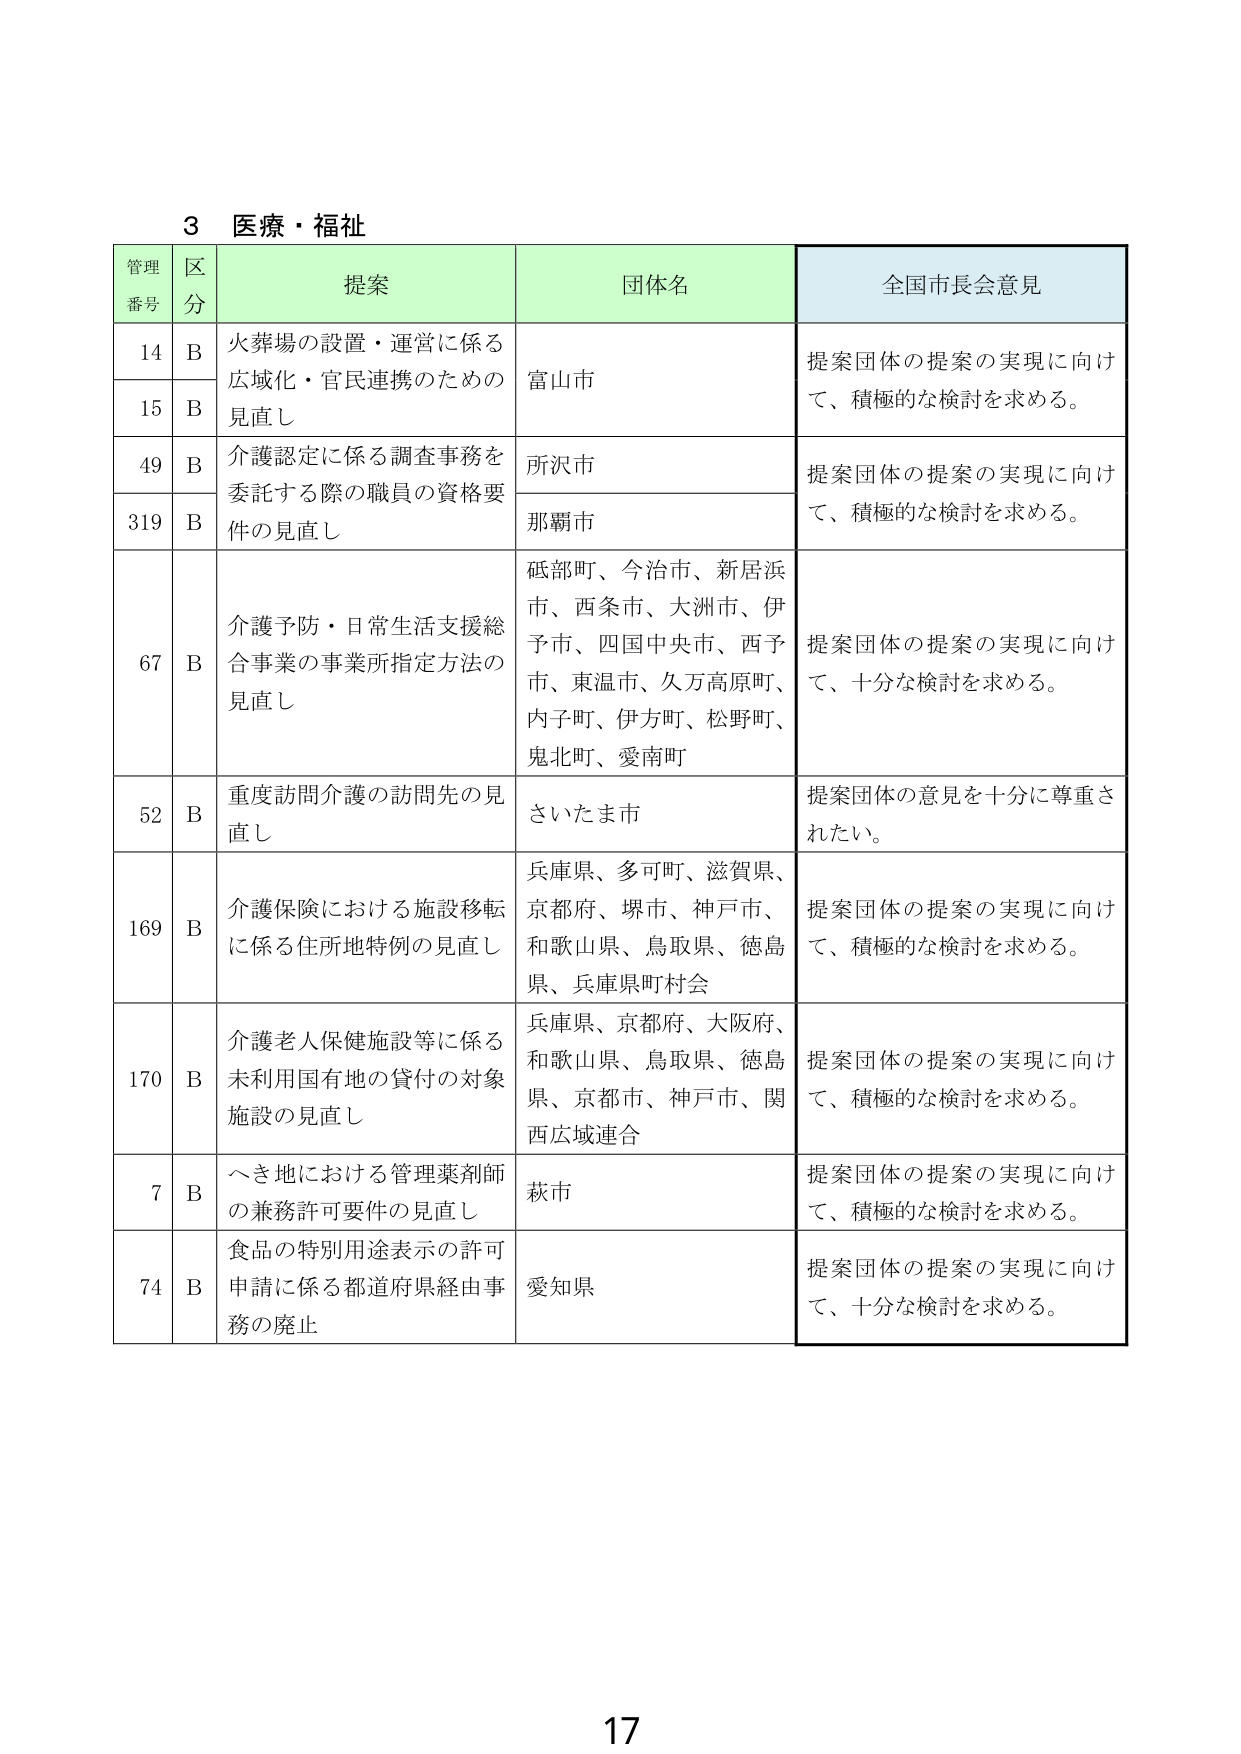
3 医療・福祉

管理番号 区分 提案 団体名 全国市長会意見

14 B 火葬場の設置・運営に係る 広域化・官民連携のための 見直し 富山市 提案団体の提案の実現に向け て、積極的な検討を求める。

15 B

49 B 介護認定に係る調査事務を 委託する際の職員の資格要 件の見直し 所沢市 提案団体の提案の実現に向け て、積極的な検討を求める。

319 B 那覇市

67 B 介護予防・日常生活支援総 合事業の事業所指定方法の 見直し 砥部町、今治市、新居浜 市、西条市、大洲市、伊 予市、四国中央市、西予 市、東温市、久万高原町、 内子町、伊方町、松野町、 鬼北町、愛南町 提案団体の提案の実現に向け て、十分な検討を求める。

52 B 重度訪問介護の訪問先の見 直し さいたま市 提案団体の意見を十分に尊重さ れたい。

169 B 介護保険における施設移転 に係る住所地特例の見直し 兵庫県、多可町、滋賀県、 京都府、堺市、神戸市、 和歌山県、鳥取県、徳島 県、兵庫県町村会 提案団体の提案の実現に向け て、積極的な検討を求める。

170 B 介護老人保健施設等に係る 未利用国有地の貸付の対象 施設の見直し 兵庫県、京都府、大阪府、 和歌山県、鳥取県、徳島 県、京都市、神戸市、関 西広域連合 提案団体の提案の実現に向け て、積極的な検討を求める。

7 B へき地における管理薬剤師 の兼務許可要件の見直し 萩市 提案団体の提案の実現に向け て、積極的な検討を求める。

74 B 食品の特別用途表示の許可 申請に係る都道府県経由事 務の廃止 愛知県 提案団体の提案の実現に向け て、十分な検討を求める。

17